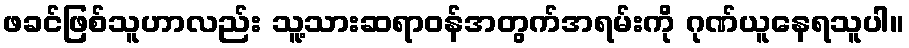
ဖခင်ဖြစ်သူဟာလည်း သူ့သားဆရာဝန်အတွက်အရမ်းကို ဂုဏ်ယူနေရသူပါ။